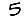
Digit: 5